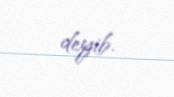
deyib.